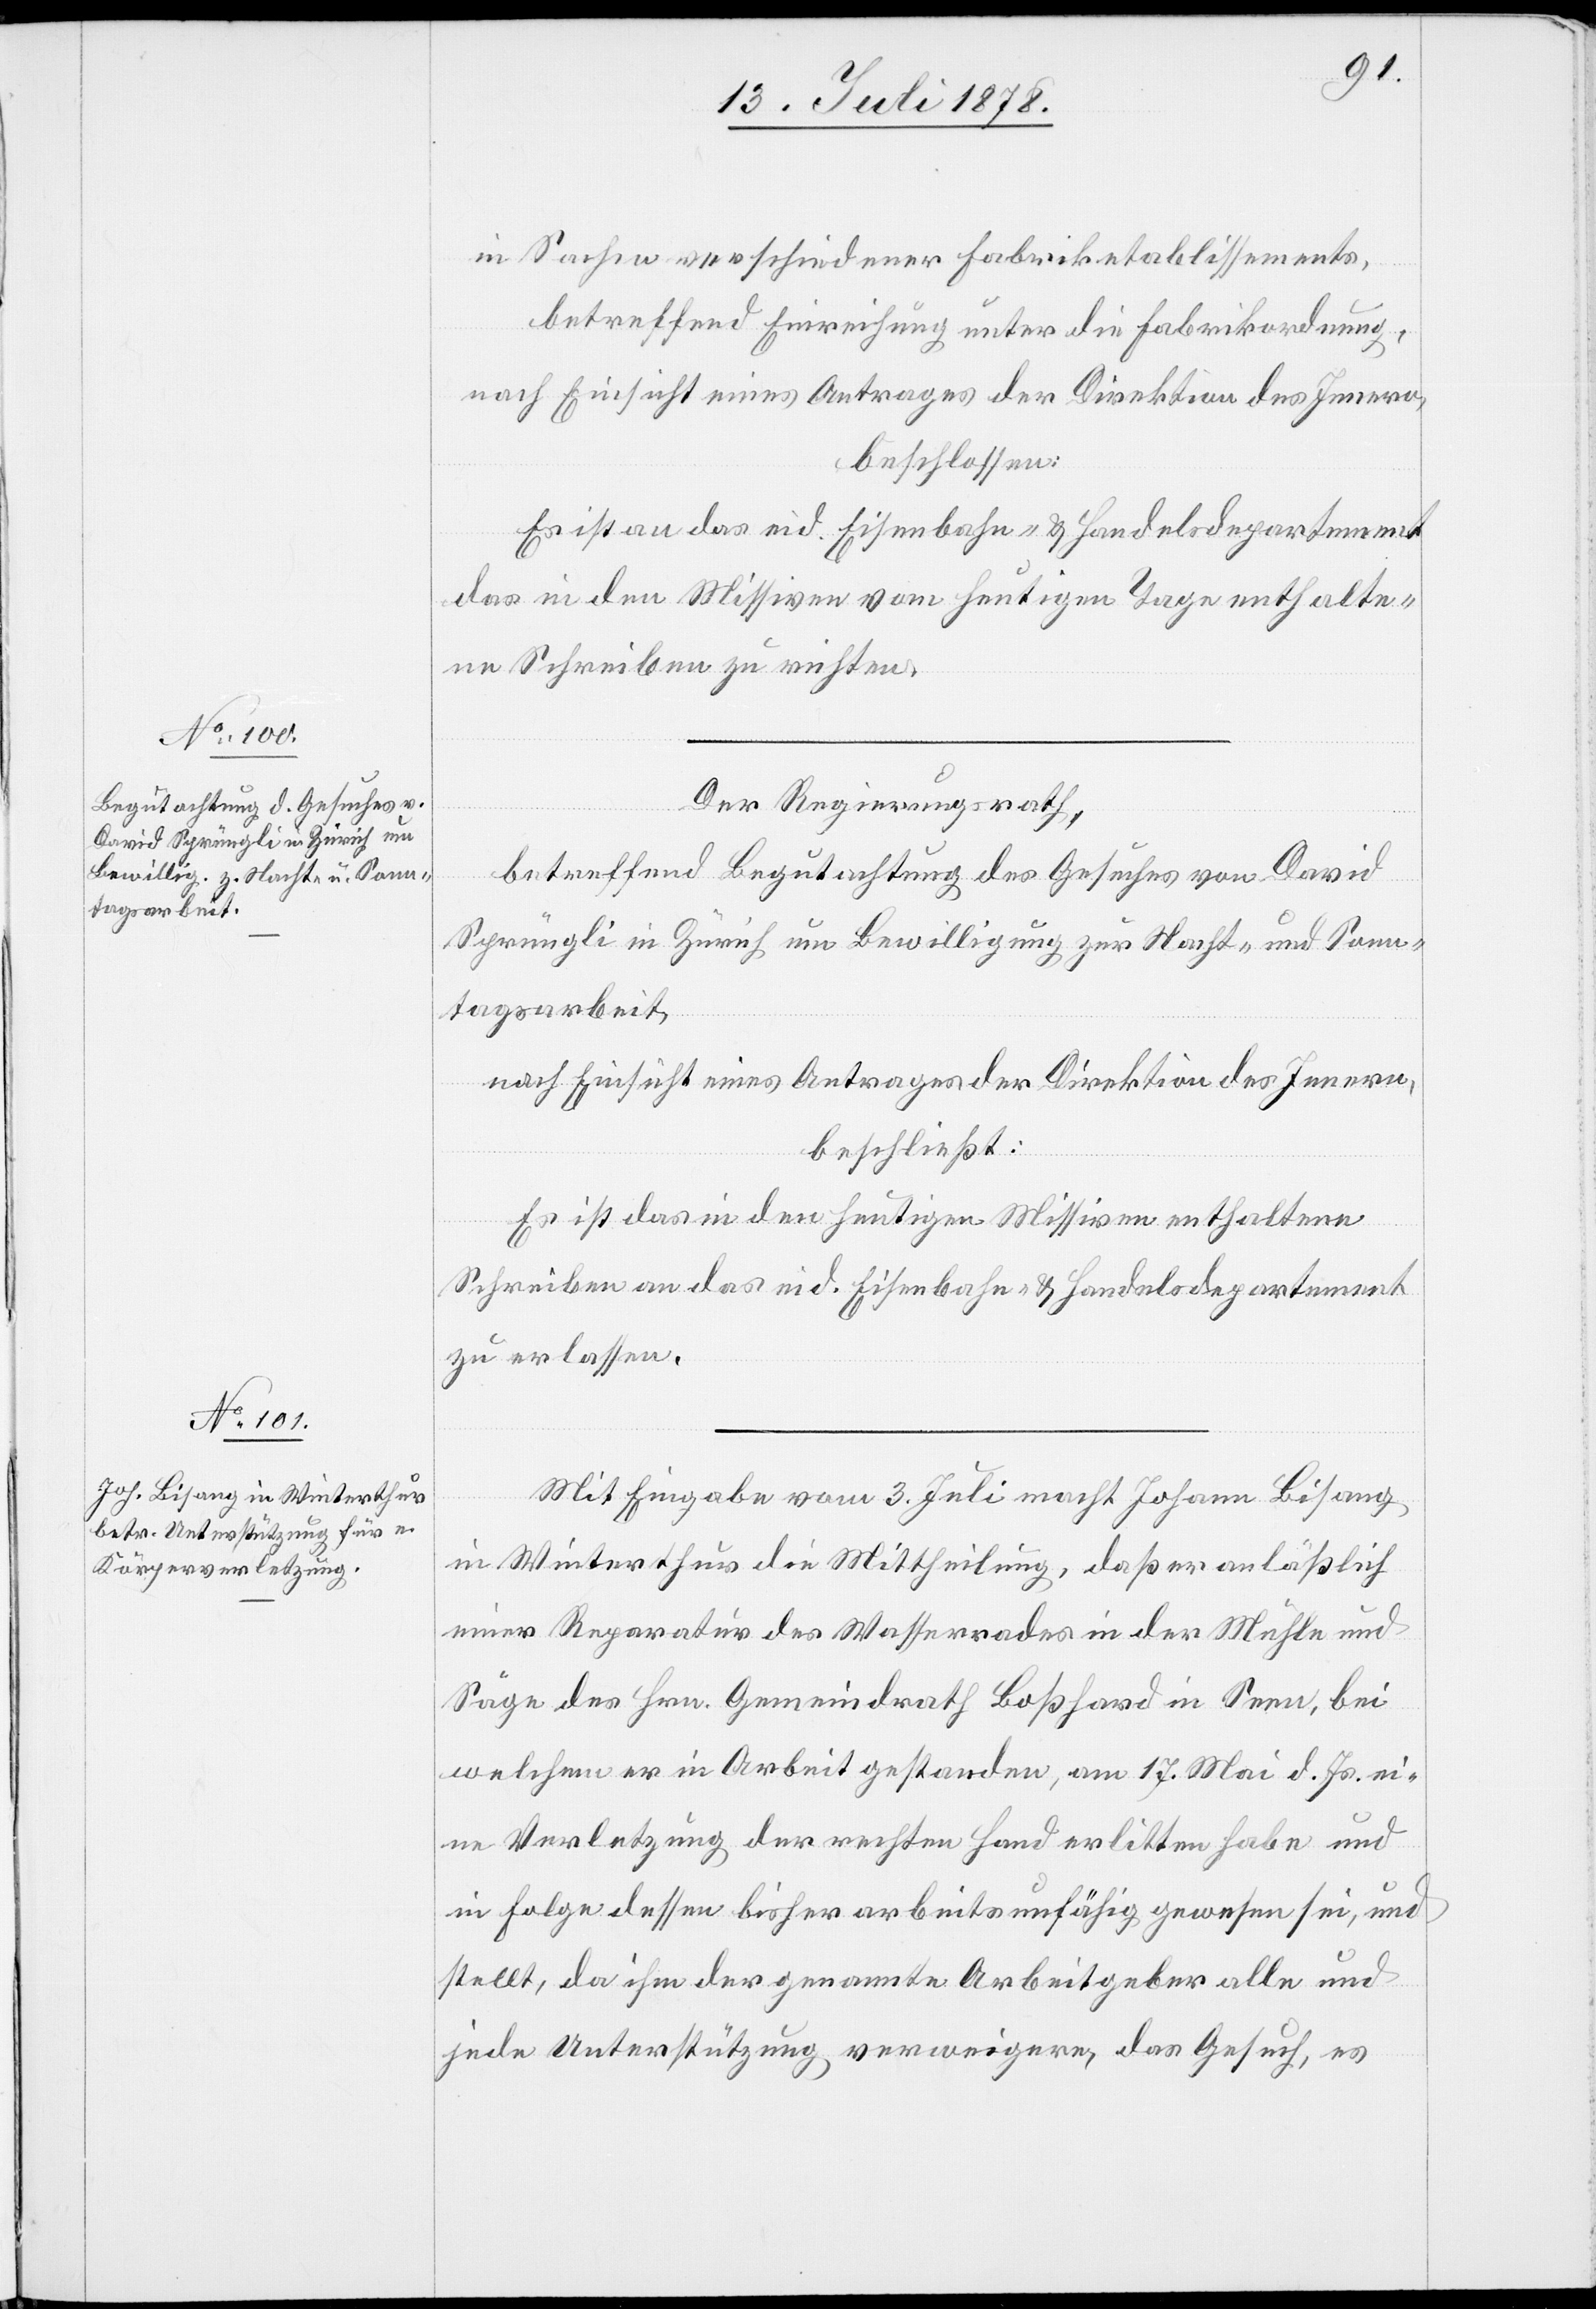
in Sachen verschiedener Fabriketablissements,
betreffend Einreichung unter die Fabrikordnung,
nach Einsicht eines Antrages der Direktion des Innern,
beschlossen:
Es ist an das eid. Eisenbahn- & Handelsdepartement
das in den Missiven vom heutigen Tage enthalte¬
ne Schreiben zu richten.
Der Regierungsrath,
betreffend Begutachtung des Gesuches von David
Sprüngli in Zürich um Bewilligung zur Nacht- und Sonn¬
tagsarbeit,
nach Einsicht eines Antrages der Direktion des Innern,
beschließt:
Es ist das in den heutigen Missiven enthaltene
Schreiben an das eid. Eisenbahn- & Handelsdepartement
zu erlassen.
Mit Eingabe vom 3. Juli macht Johann Bisang
in Winterthur die Mittheilung, daß er anlässlich
einer Reparatur des Wasserrades in der Mühle und
Säge des Hrn. Gemeindrath Boßhard in Seen, bei
welchem er in Arbeit gestanden, am 17. Mai d. Js. ei¬
ne Verletzung der rechten Hand erlitten habe und
in Folge dessen bisher arbeitsunfähig gewesen sei, und
stellt, da ihm der genannte Arbeitgeber alle und
jede Unterstützung verweigere, das Gesuch, es